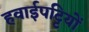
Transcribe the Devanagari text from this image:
हवाईपट्टियों